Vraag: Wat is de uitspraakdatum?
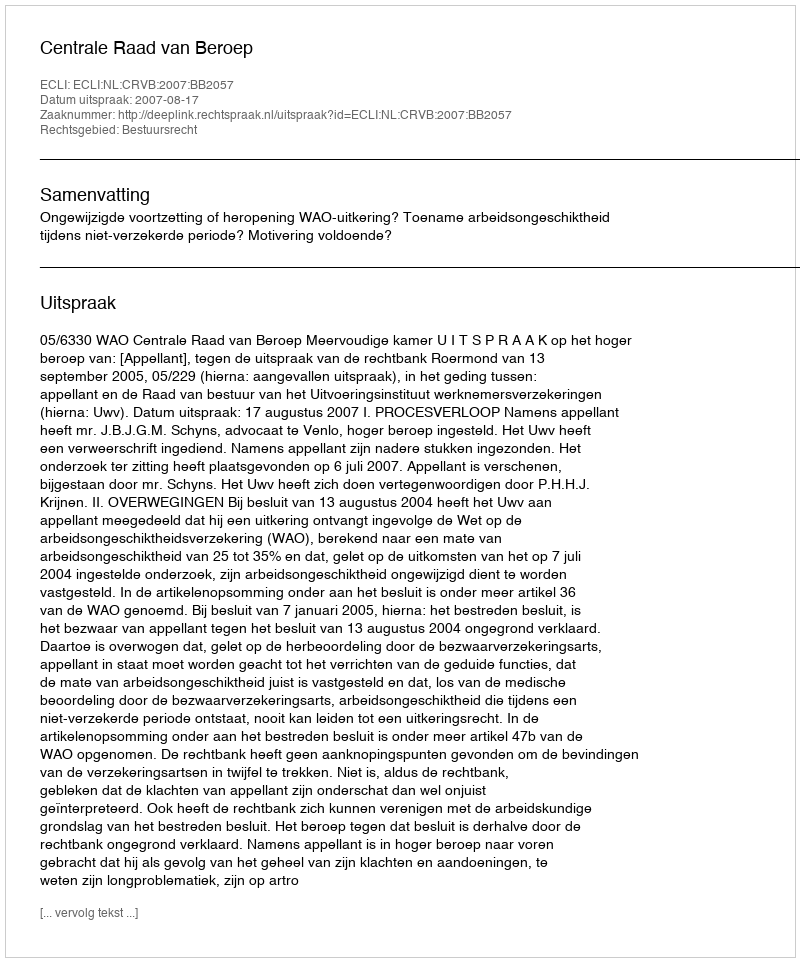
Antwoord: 2007-08-17